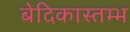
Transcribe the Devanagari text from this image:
बेदिकास्तम्भ